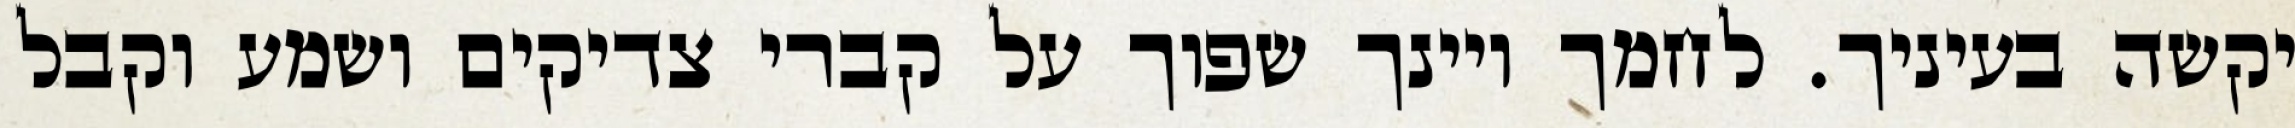
יקשה בעיניך. לחמך ויינך שפוך על קברי צדיקים ושמע וקבל